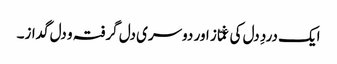
ایک دردِ دل کی غمّاز اور دوسری دل گرفتہ و دل گداز۔